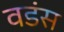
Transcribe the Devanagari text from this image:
वडंस